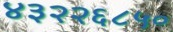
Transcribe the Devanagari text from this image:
४३२२६८५०